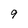
Character: 9